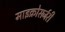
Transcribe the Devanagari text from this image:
माइक्रोसर्जरी